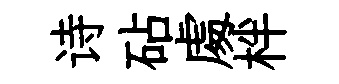
诗砧䖏柈